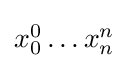
{\textstyle x_{0}^{0}\dots x_{n}^{n}}